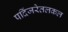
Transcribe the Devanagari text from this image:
पदिंजरेतलकल